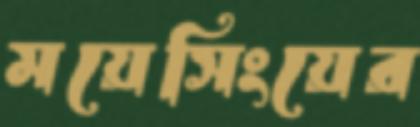
ময়েসিংয়ের